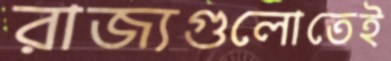
রাজ্যগুলোতেই